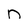
Character: n